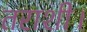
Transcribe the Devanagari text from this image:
तराशी।